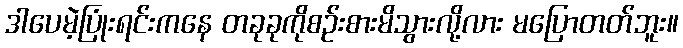
ဒါပေမဲ့ပြုံးရင်းကနေ တခုခုကိုစဉ်းစားမိသွားလို့လား မပြောတတ်ဘူး။